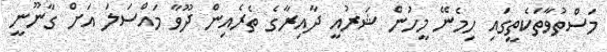
މަސްތުވާތަކެތީގައި ހިމެނޭ މީހުން ޝަރުއީ ދާއިރާގެ ތެރެއިން ދޫވާ މައްސަލަ އަށް ގާނޫނީ